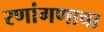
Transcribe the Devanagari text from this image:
रणांगणाचा